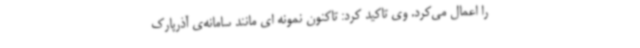
را اعمال می‌کرد. وی تاکید کرد: تاکنون نمونه ای مانند سامانه‌ی آذرپارک